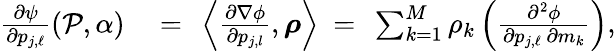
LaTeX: \begin{array}{rl}{\frac{\partial\psi}{\partial p_{j,\ell}}(\mathcal{P},\alpha)\ }&{=\ \left\langle\frac{\partial\nabla\phi}{\partial p_{j,l}},\boldsymbol{\rho}\right\rangle\ =\ \sum_{k=1}^{M}\rho_{k}\left(\frac{\partial^{2}\phi}{\partial p_{j,\ell}\, \partial m_{k}}\right),}\end{array}